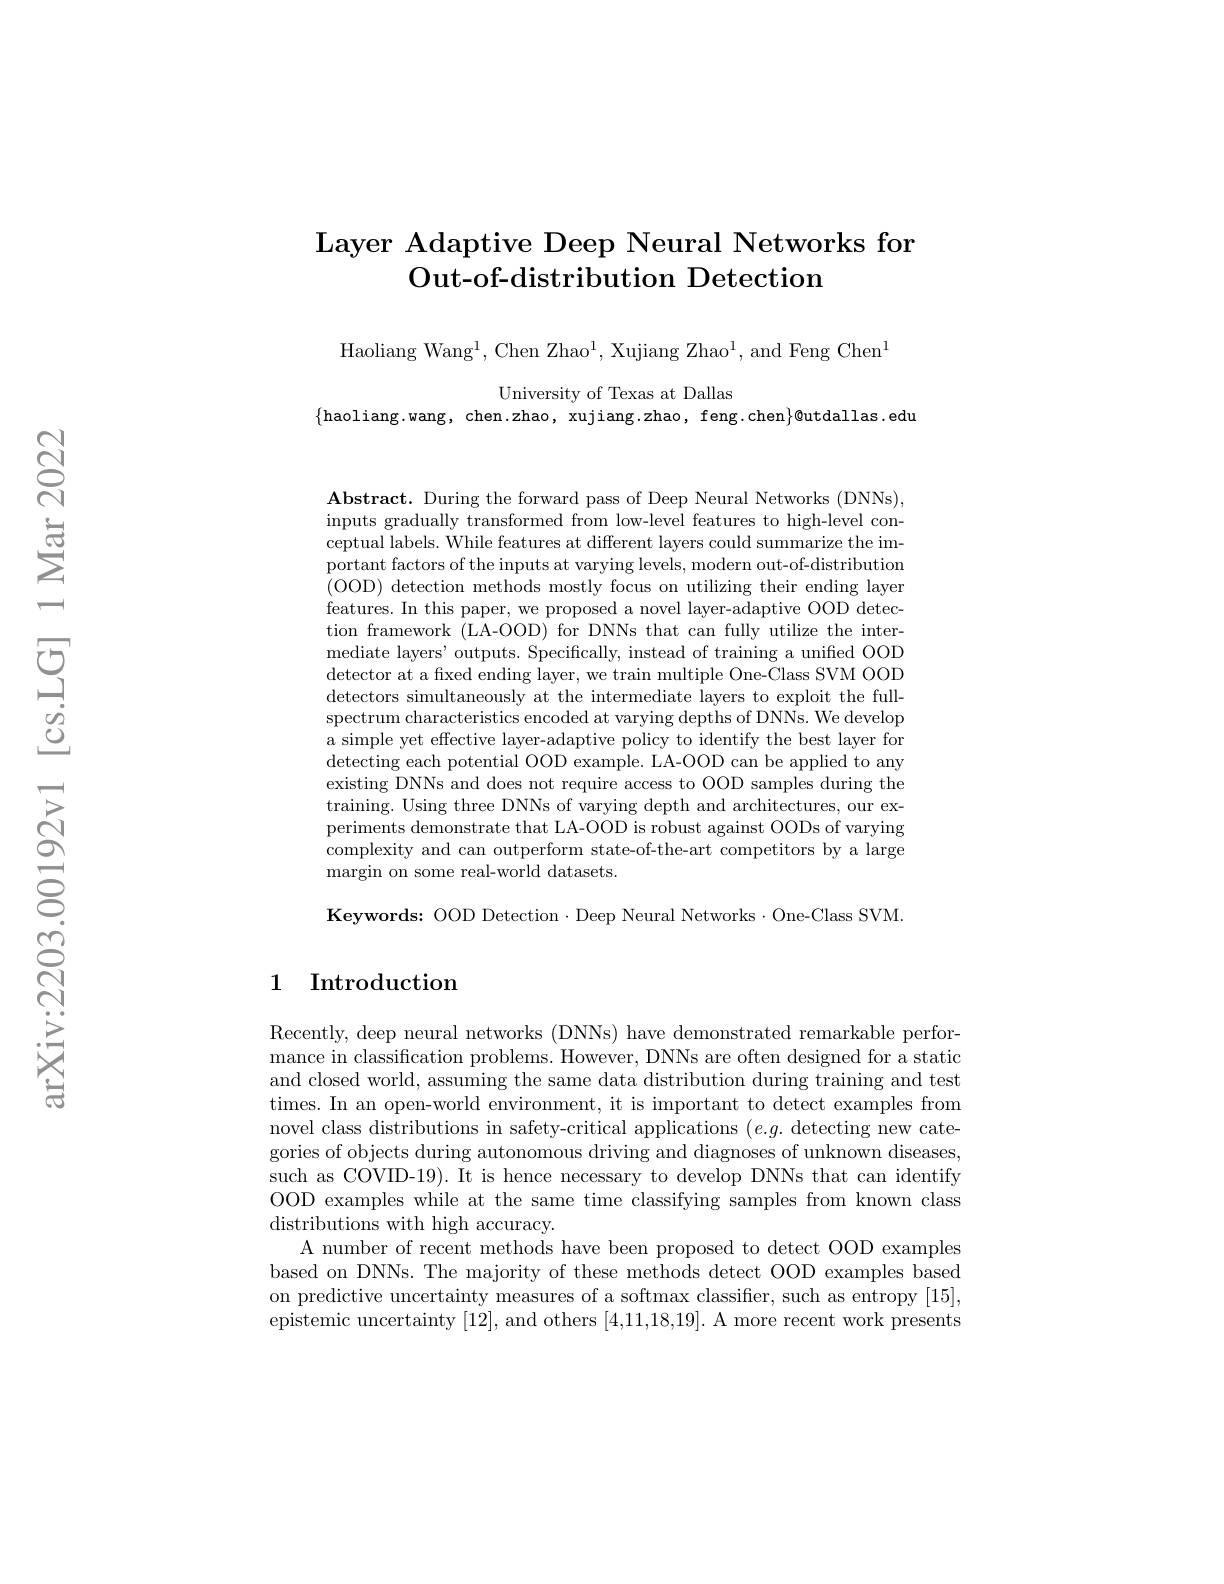
# Layer Adaptive Deep Neural Networks for Out- of- distribution Detection

Haoliang Wan$g^{1}$, Chen Zha$o^{1}$, Xujiang Zha$o^{1}$, and Feng Che$n^{1}$

University of Texas at Dallas
$\{$haoliang.wang, chen.zhao, xujiang.zhao, feng.chen$\}\emptyset$utdallas.edu

$\mathbf{Abstract.~During~the~forward~pass~of~Deep~Neural~Networks~(DNNs),}$ inputs gradually transformed from low-level features to high-level conceptual labels. While features at different layers could summarize the important factors of the inputs at varying levels, modern out-of-distribution (OOD) detection methods mostly focus on utilizing their ending layer features. In this paper, we proposed a novel layer-adaptive OOD detection framework (LA-OOD) for DNNs that can fully utilize the intermediate layers' outputs. Specifically, instead of training a unified OOD detector at a fxed ending layer, we train multiple One-Class SVM OOD detectors simultaneously at the intermediate layers to exploit the fullspectrum characteristics encoded at varying depths of DNNs. We develop a simple yet effective layer-adaptive policy to identify the best layer for detecting each potential OOD example. LA-OOD can be applied to any existing DNNs and does not require access to OOD samples during the training. Using three DNNs of varying depth and architectures, our experiments demonstrate that LA-OOD is robust against OODs of varying complexity and can outperform state-of-the-art competitors by a large margin on some real-world datasets.

Keywords: OOD Detection·Deep Neural Networks·One-Class SVM.

## 1 Introduction

Recently, deep neural networks (DNNs) have demonstrated remarkable performance in classification problems. However, DNNs are often designed for a static and closed world, assuming the same data distribution during training and test times. In an open-world environment, it is important to detect examples from novel class distributions in safety-critical applications $(e.g.$ detecting new categories of objects during autonomous driving and diagnoses of unknown diseases, such as COVID-19). It is hence necessary to develop DNNs that can identify OOD examples while at the same time classifying samples from known class distributions with high accuracy.
A number of recent methods have been proposed to detect OOD examples based on DNNs. The majority of these methods detect OOD examples based on predictive uncertainty measures of a softmax classifier, such as entropy [15], epistemic uncertainty [12], and others [4,11,18,19]. A more recent work presents